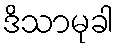
ဒိသာမုခါ